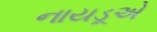
નાયડૂએ